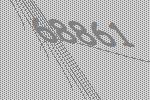
68861